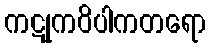
ကဋုကဝိပါကတရော